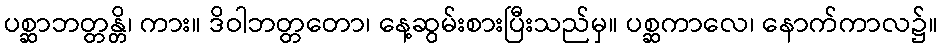
ပစ္ဆာဘတ္တန္တိ၊ ကား။ ဒိဝါဘတ္တတော၊ နေ့ဆွမ်းစားပြီးသည်မှ။ ပစ္ဆကာလေ၊ နောက်ကာလ၌။